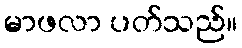
မာဖလာ ပတ်သည်။